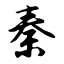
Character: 秦